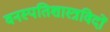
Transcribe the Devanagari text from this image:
वनस्पतिशास्त्रविदों